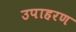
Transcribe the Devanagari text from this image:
उपाहरण